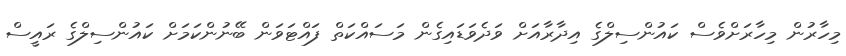
މިހާރުން މިހާރަށްވެސް ކައުންސިލްގެ އިދާރާއަށް ވަދެވަޑައިގެން މަސައްކަތް ފައްޓަވަން ބޭނުންކަމަށް ކައުންސިލްގެ ރައީސް